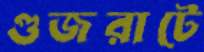
গুজরাটে